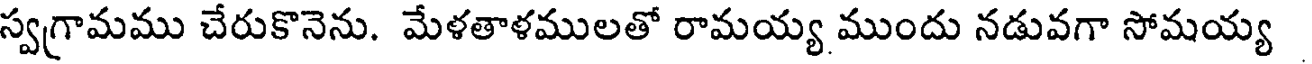
స్వగ్రామము చేరుకొనెను. మేళతాళములతో రామయ్య ముందు నడువగా సోమయ్య